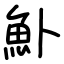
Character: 𬵂